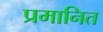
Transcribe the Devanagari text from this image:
प्रमानित